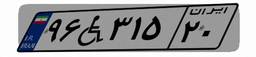
۹۶W۳۱۵۲۰